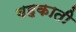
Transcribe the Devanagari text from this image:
बहकाती